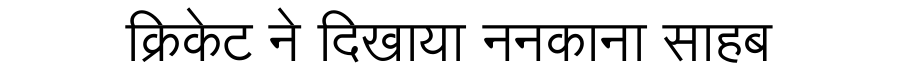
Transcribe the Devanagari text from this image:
क्रिकेट ने दिखाया ननकाना साहब